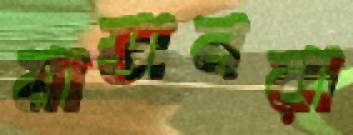
মাস্তানরা